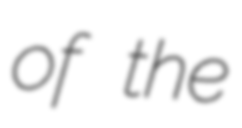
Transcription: of the